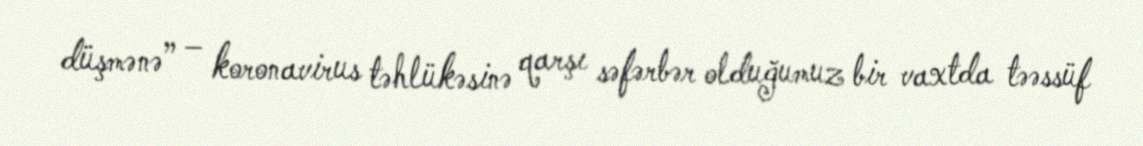
düşmənə” – koronavirus təhlükəsinə qarşı səfərbər olduğumuz bir vaxtda təəssüf